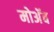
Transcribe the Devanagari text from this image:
मोअॅब